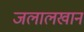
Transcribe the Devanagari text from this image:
जलालखान